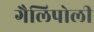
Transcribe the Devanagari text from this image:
गैलिपोली